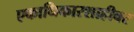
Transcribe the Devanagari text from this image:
एकाधिकारशाहीवर